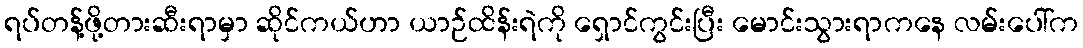
ရပ်တန့်ဖို့တားဆီးရာမှာ ဆိုင်ကယ်ဟာ ယာဉ်ထိန်းရဲကို ရှောင်ကွင်းပြီး မောင်းသွားရာကနေ လမ်းပေါ်က